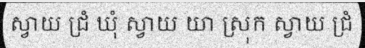
ស្វាយ ជ្រំ ឃុំ ស្វាយ យា ស្រុក ស្វាយ ជ្រំ